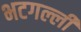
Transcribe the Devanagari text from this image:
भटगल्ली